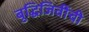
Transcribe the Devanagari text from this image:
बुद्धिजिवींची